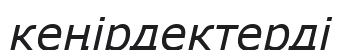
кеңірдектерді